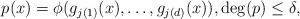
LaTeX: \begin{align*}p(x) = \phi(g_{j(1)}(x), \ldots, g_{j(d)}(x)), \deg(p) \leq \delta,\end{align*}